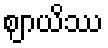
ဈာယိဿ